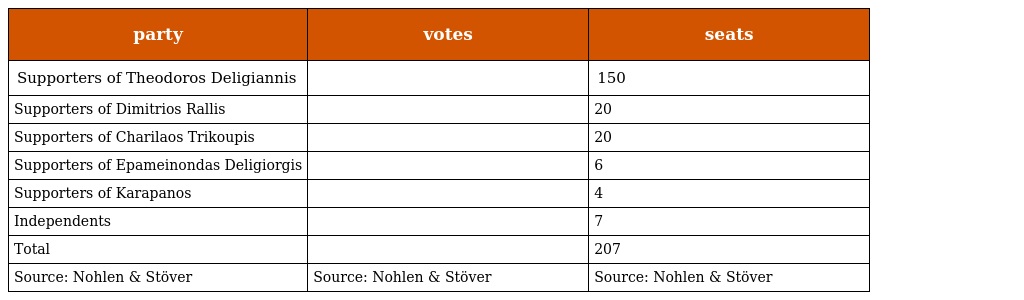
| party | votes | seats |
 | --- | --- | --- |
 | Supporters of Theodoros Deligiannis |  | 150 |
 | Supporters of Dimitrios Rallis |  | 20 |
 | Supporters of Charilaos Trikoupis |  | 20 |
 | Supporters of Epameinondas Deligiorgis |  | 6 |
 | Supporters of Karapanos |  | 4 |
 | Independents |  | 7 |
 | Total |  | 207 |
 | Source: Nohlen & Stöver | Source: Nohlen & Stöver | Source: Nohlen & Stöver |